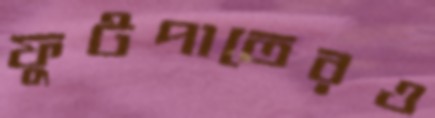
ফুটপাতেরও